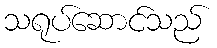
သရုပ်ဆောင်သည်